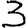
Digit: 3